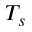
T _ { s }